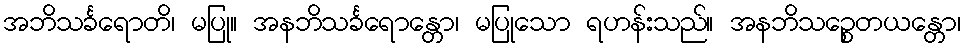
အဘိသင်္ခရောတိ၊ မပြု။ အနဘိသင်္ခရောန္တော၊ မပြုသော ရဟန်းသည်။ အနဘိသဉ္စေတယန္တော၊